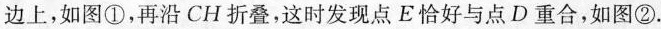
边上，如图①，再沿CH折叠，这时发现点E恰好与点D重合，如图②。